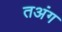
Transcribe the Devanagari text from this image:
तअंग